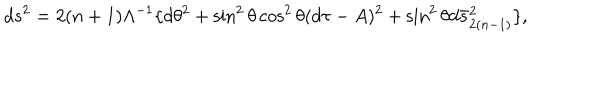
d s ^ { 2 } = 2 ( n + 1 ) \Lambda ^ { - 1 } \lbrace d \theta ^ { 2 } + \sin ^ { 2 } \theta \cos ^ { 2 } \theta ( d \tau - A ) ^ { 2 } + \sin ^ { 2 } \theta d \bar { s } _ { 2 ( n - 1 ) } ^ { 2 } \rbrace ,